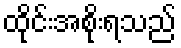
ထိုင်းအစိုးရသည်